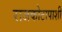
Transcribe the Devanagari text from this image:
राजकोटापाशी